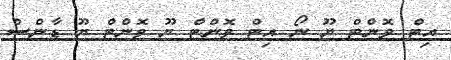
އިޓް ވޮންޓް ޔޫ ނޯ އިޓް ވޮންޓް ޔޫ ވޮންޓް ޔޫ ޑާންސް